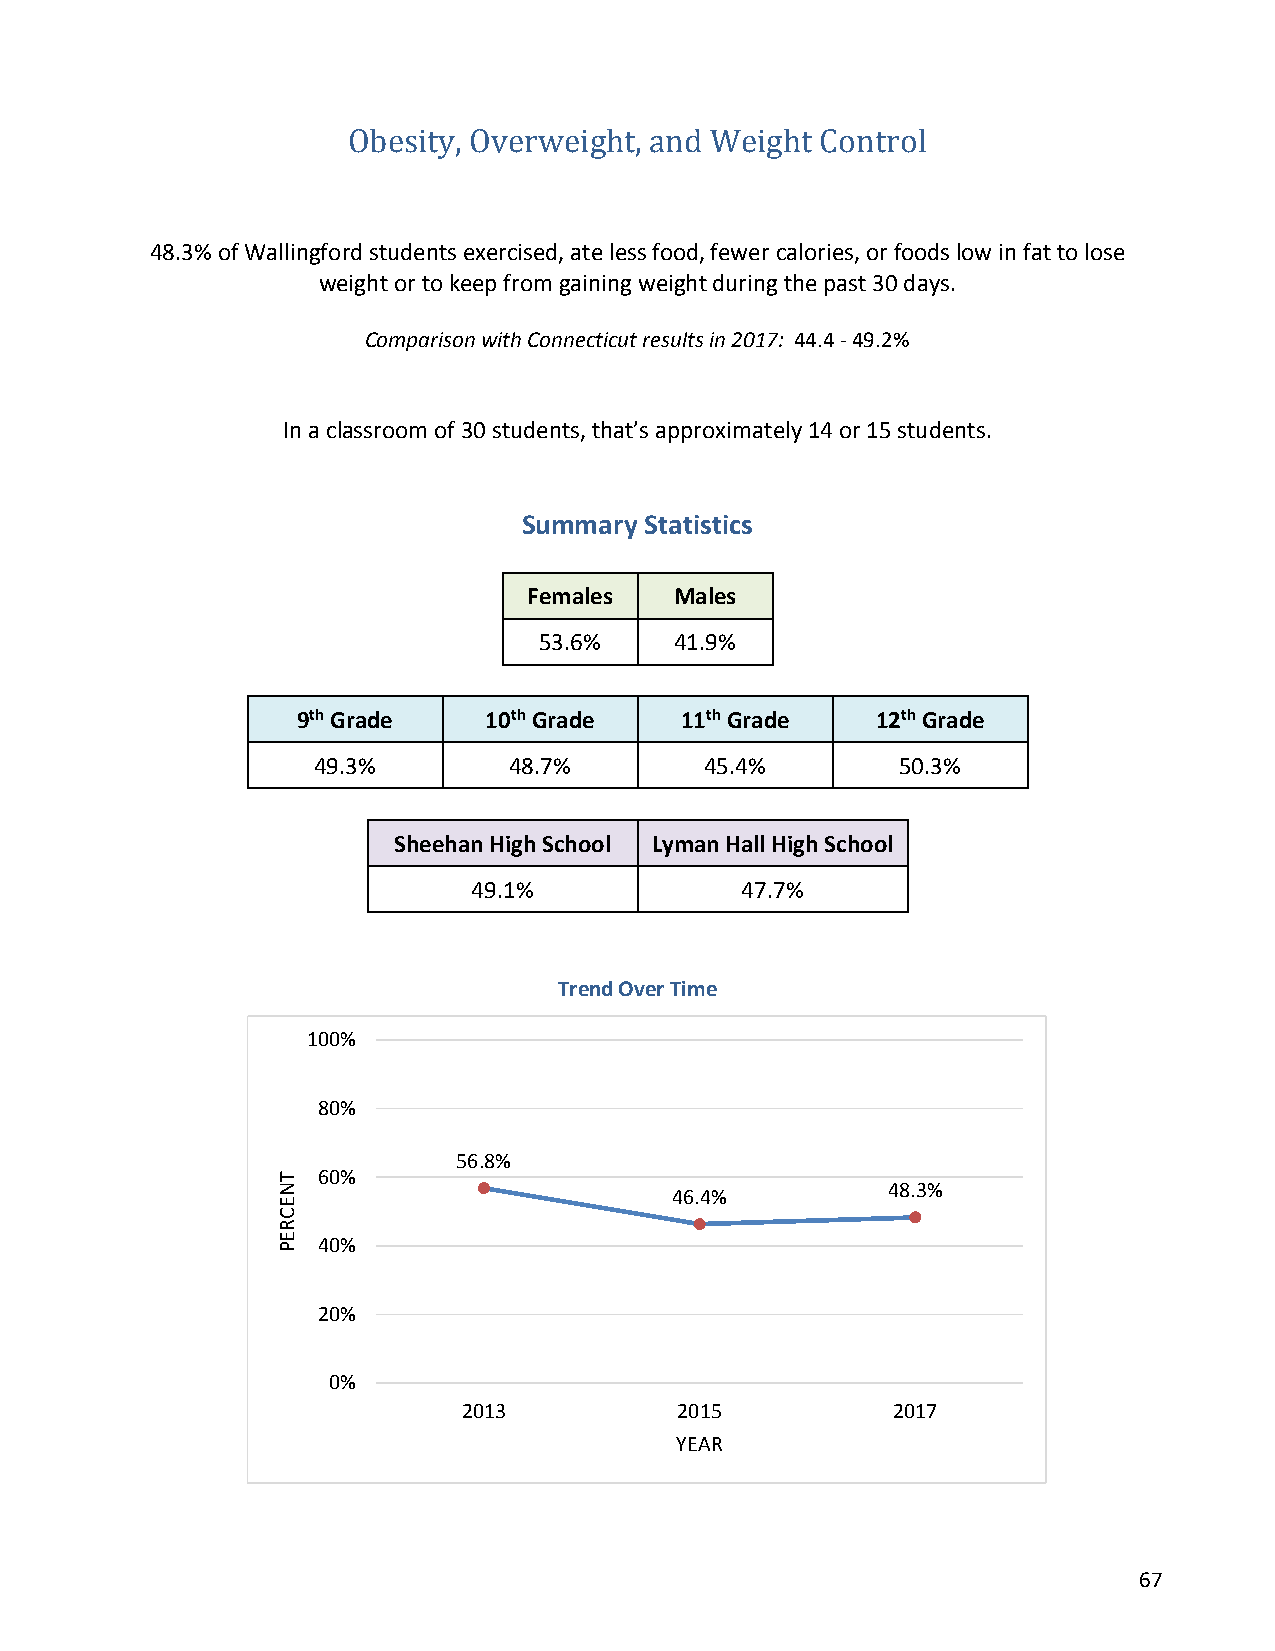
Obesity, Overweight, and Weight Control
 48.3% of Wallingford students exercised, ate less food, fewer calories, or foods low in fat to lose
 weight or to keep from gaining weight during the past 30 days.
 Comparison with Connecticut results in 2017: 44.4 - 49.2%
 In a classroom of 30 students, that’s approximately 14 or 15 students.
 Summary Statistics
 Females   Males
 53.6%    41.9%
 9th Grade   10th Grade   11th Grade   12th Grade
 49.3%        48.7%        45.4%        50.3%
 Sheehan High School Lyman Hall High School
 49.1%             47.7%
 Trend Over Time
 100%
 80%
 56.8%
 60%
 48.3%
 46.4%
 40%
 20%
 0%
 2013          2015          2017
 YEAR
 67
 TNECREP